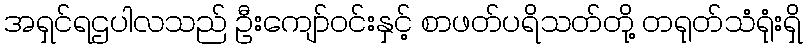
အရှင်ရဌပါလသည် ဦးကျော်ဝင်းနှင့် စာဖတ်ပရိသတ်တို့ တရုတ်သံရုံးရှိ